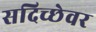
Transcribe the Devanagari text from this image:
सदिच्छेवर